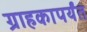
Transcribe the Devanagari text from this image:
ग्राहकापर्यंत